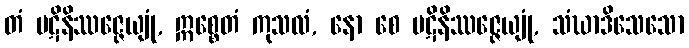
တံ ပဋိနိဿဇ္ဇေယျုံ, ဣစ္စေတံ ကုသလံ, နော စေ ပဋိနိဿဇ္ဇေယျုံ, သံဃာဒိသေသော